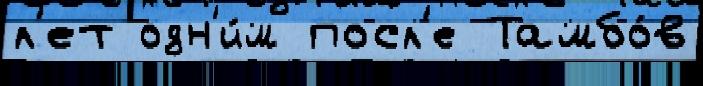
л'ет одн'и́м посл'е Тамбо́в